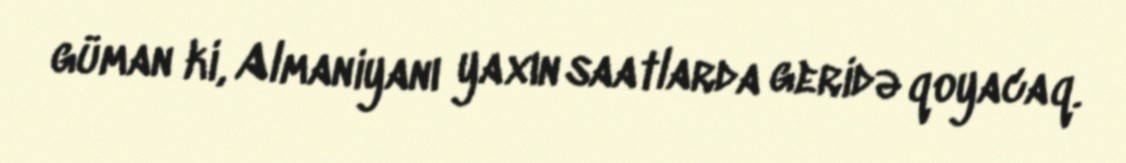
güman ki, Almaniyanı yaxın saatlarda geridə qoyacaq.